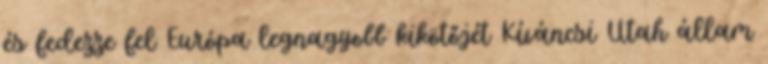
és fedezze fel Európa legnagyobb kikötőjét Kíváncsi Utah állam